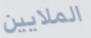
الملايين